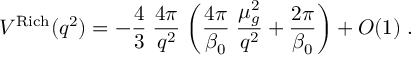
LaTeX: V ^ { \mathrm { R i c h } } ( q ^ { 2 } ) = - \frac { 4 } { 3 } \; \frac { 4 \pi } { q ^ { 2 } } \; \biggl ( \frac { 4 \pi } { \beta _ { 0 } } \; \frac { \mu _ { g } ^ { 2 } } { q ^ { 2 } } + \frac { 2 \pi } { \beta _ { 0 } } \biggr ) + O ( 1 ) \; .